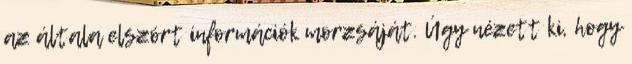
az általa elszórt információk morzsáját. Úgy nézett ki, hogy